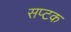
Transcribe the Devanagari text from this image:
सप्टक